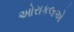
ઓરાકલએ